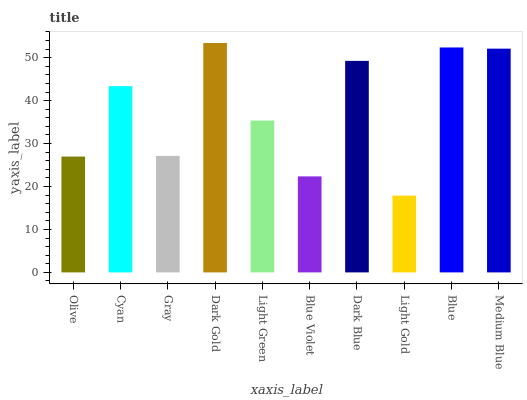
| xaxis_label | bars |
 | --- | --- |
 | Olive | 27 |
 | Cyan | 43.4 |
 | Gray | 27.1 |
 | Dark Gold | 53.4 |
 | Light Green | 35.4 |
 | Blue Violet | 22.4 |
 | Dark Blue | 49.2 |
 | Light Gold | 17.9 |
 | Blue | 52.4 |
 | Medium Blue | 52.1 |